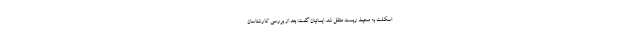
اسکلت به محیط زیست منتقل شد. ایمانیان گفت: بعد از بررسی کارشناسان